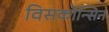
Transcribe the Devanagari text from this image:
विसकोन्सिन